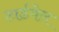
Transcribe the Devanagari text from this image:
टार्डवेल